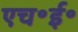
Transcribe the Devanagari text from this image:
एच॰ई॰